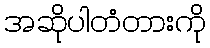
အဆိုပါတံတားကို